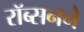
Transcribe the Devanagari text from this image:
रॉब्सनने